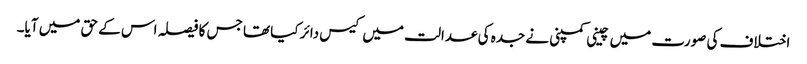
اختلاف کی صورت میں چینی کمپنی نے جدہ کی عدالت میں کیس دائر کیا تھا جس کا فیصلہ اس کے حق میں آیا۔